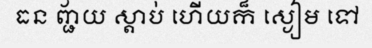
ធន ញ្ជ័យ ស្តាប់ ហើយក៏ ស្ងៀម ទៅ